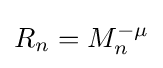
R_{n}=M_{n}^{-\mu }